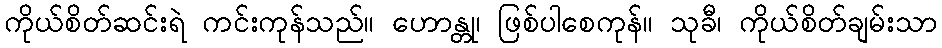
ကိုယ်စိတ်ဆင်းရဲ ကင်းကုန်သည်။ ဟောန္တု၊ ဖြစ်ပါစေကုန်။ သုခီ၊ ကိုယ်စိတ်ချမ်းသာ